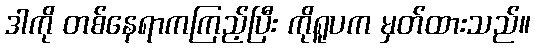
ဒါကို တစ်နေရာကကြည့်ပြီး ကိုရူပက မှတ်ထားသည်။